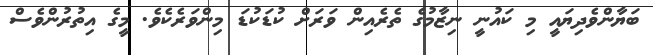
ބަޔާންވެދިޔައީ މި ކައުނީ ނިޒާމުގެ ތެރެއިން ވަރަށް ކުޑަކުޑަ މިންވަރެކެވެ. މީގެ އިތުރުންވެސް